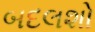
બદલશો